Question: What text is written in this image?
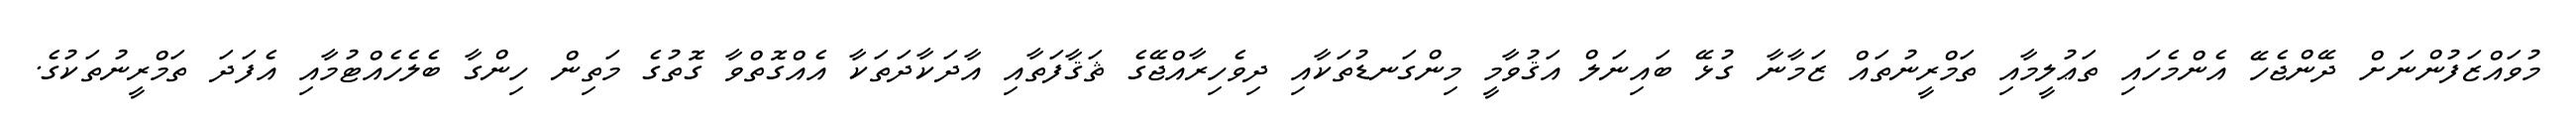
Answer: މުވައްޒަފުންނަށް ދޭންޖެހޭ އެންމެހައި ތަޢުލީމާއި ތަމްރީނުތައް ޒަމާނާ ގުޅޭ ބައިނަލް އަޤުވާމީ މިންގަނޑުތަކާއި ދިވެހިރާއްޖޭގެ ޘަޤާފަތާއި އާދަކާދަތަކާ އެއްގޮތްވާ ގޮތުގެ މަތިން ހިންގާ ބެލެހެއްޓުމާއި އެފަދަ ތަމްރީނުތަކުގެ.